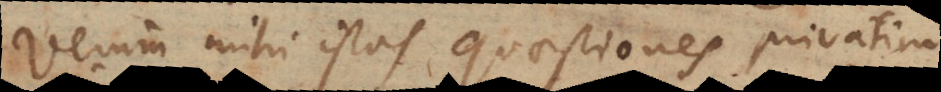
Verum mihi istas quaestiones privatim